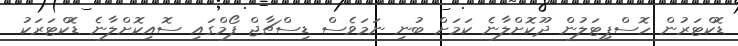
ޑޮކްޓަރުން ހޮސްޕިޓަލުން ދޫކޮށްލާނެ ކަމަށް ބުނި ނަމަވެސް ޑިސްޗާޖް ފޯމްގައި ސޮއިކޮށްލާނެ ޑޮކްޓަރަކު